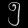
Digit: ၅